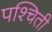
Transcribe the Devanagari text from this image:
पश्चिती